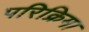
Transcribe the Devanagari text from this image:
परिक्रिमा